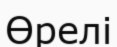
Өрелі